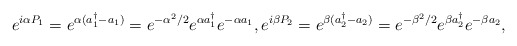
\begin{align*}e^{i\alpha P_1}=e^{\alpha(a_1^{\dagger}-a_1)}=e^{-\alpha^2/2}e^{\alpha a_{1}^{\dagger}}e^{-\alpha a_{1}},e^{i\beta P_2}=e^{\beta(a_2^{\dagger}-a_2)}=e^{-\beta^2/2}e^{\beta a_{2}^{\dagger}}e^{-\beta a_{2}},\end{align*}